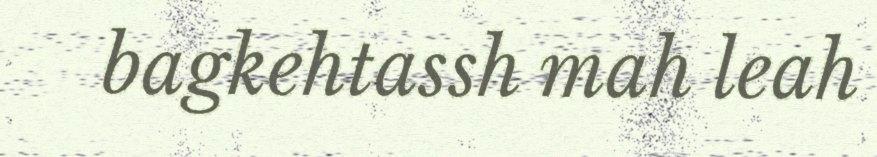
bagkehtassh mah leah